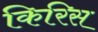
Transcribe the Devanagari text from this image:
किरिस